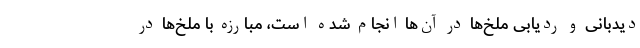
دیدبانی و ردیابی ملخ‌ها در آن‌ها انجام شده است، مبارزه با ملخ‌ها در